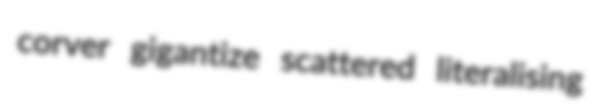
corver gigantize scattered literalising